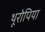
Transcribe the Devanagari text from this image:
थूरोपिया